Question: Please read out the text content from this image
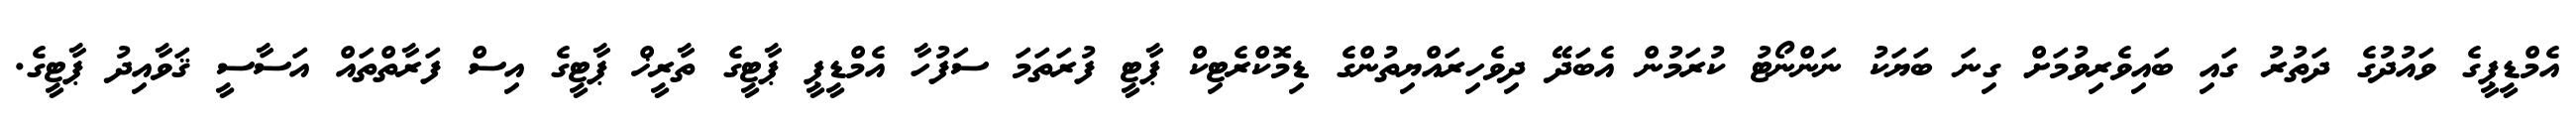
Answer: އެމްޑީޕީގެ ވައުދުގެ ދަތުރު ގައި ބައިވެރިވުމަށް ގިނަ ބަޔަކު ނަންނޯޓު ކުރަމުން އެބަދޭ ދިވެހިރައްޔިތުންގެ ޑިމޮކްރެޓިކް ޕާޓީ ފުރަތަމަ ސަފުހާ އެމްޑީޕީ ޕާޓީގެ ތާރީޚް ޕާޓީގެ އިސް ފަރާތްތައް އަސާސީ ޤަވާއިދު ޕާޓީގެ.